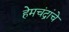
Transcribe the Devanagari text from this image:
हेमचंद्रांचे